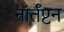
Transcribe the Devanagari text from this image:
नॉर्तँप्टन